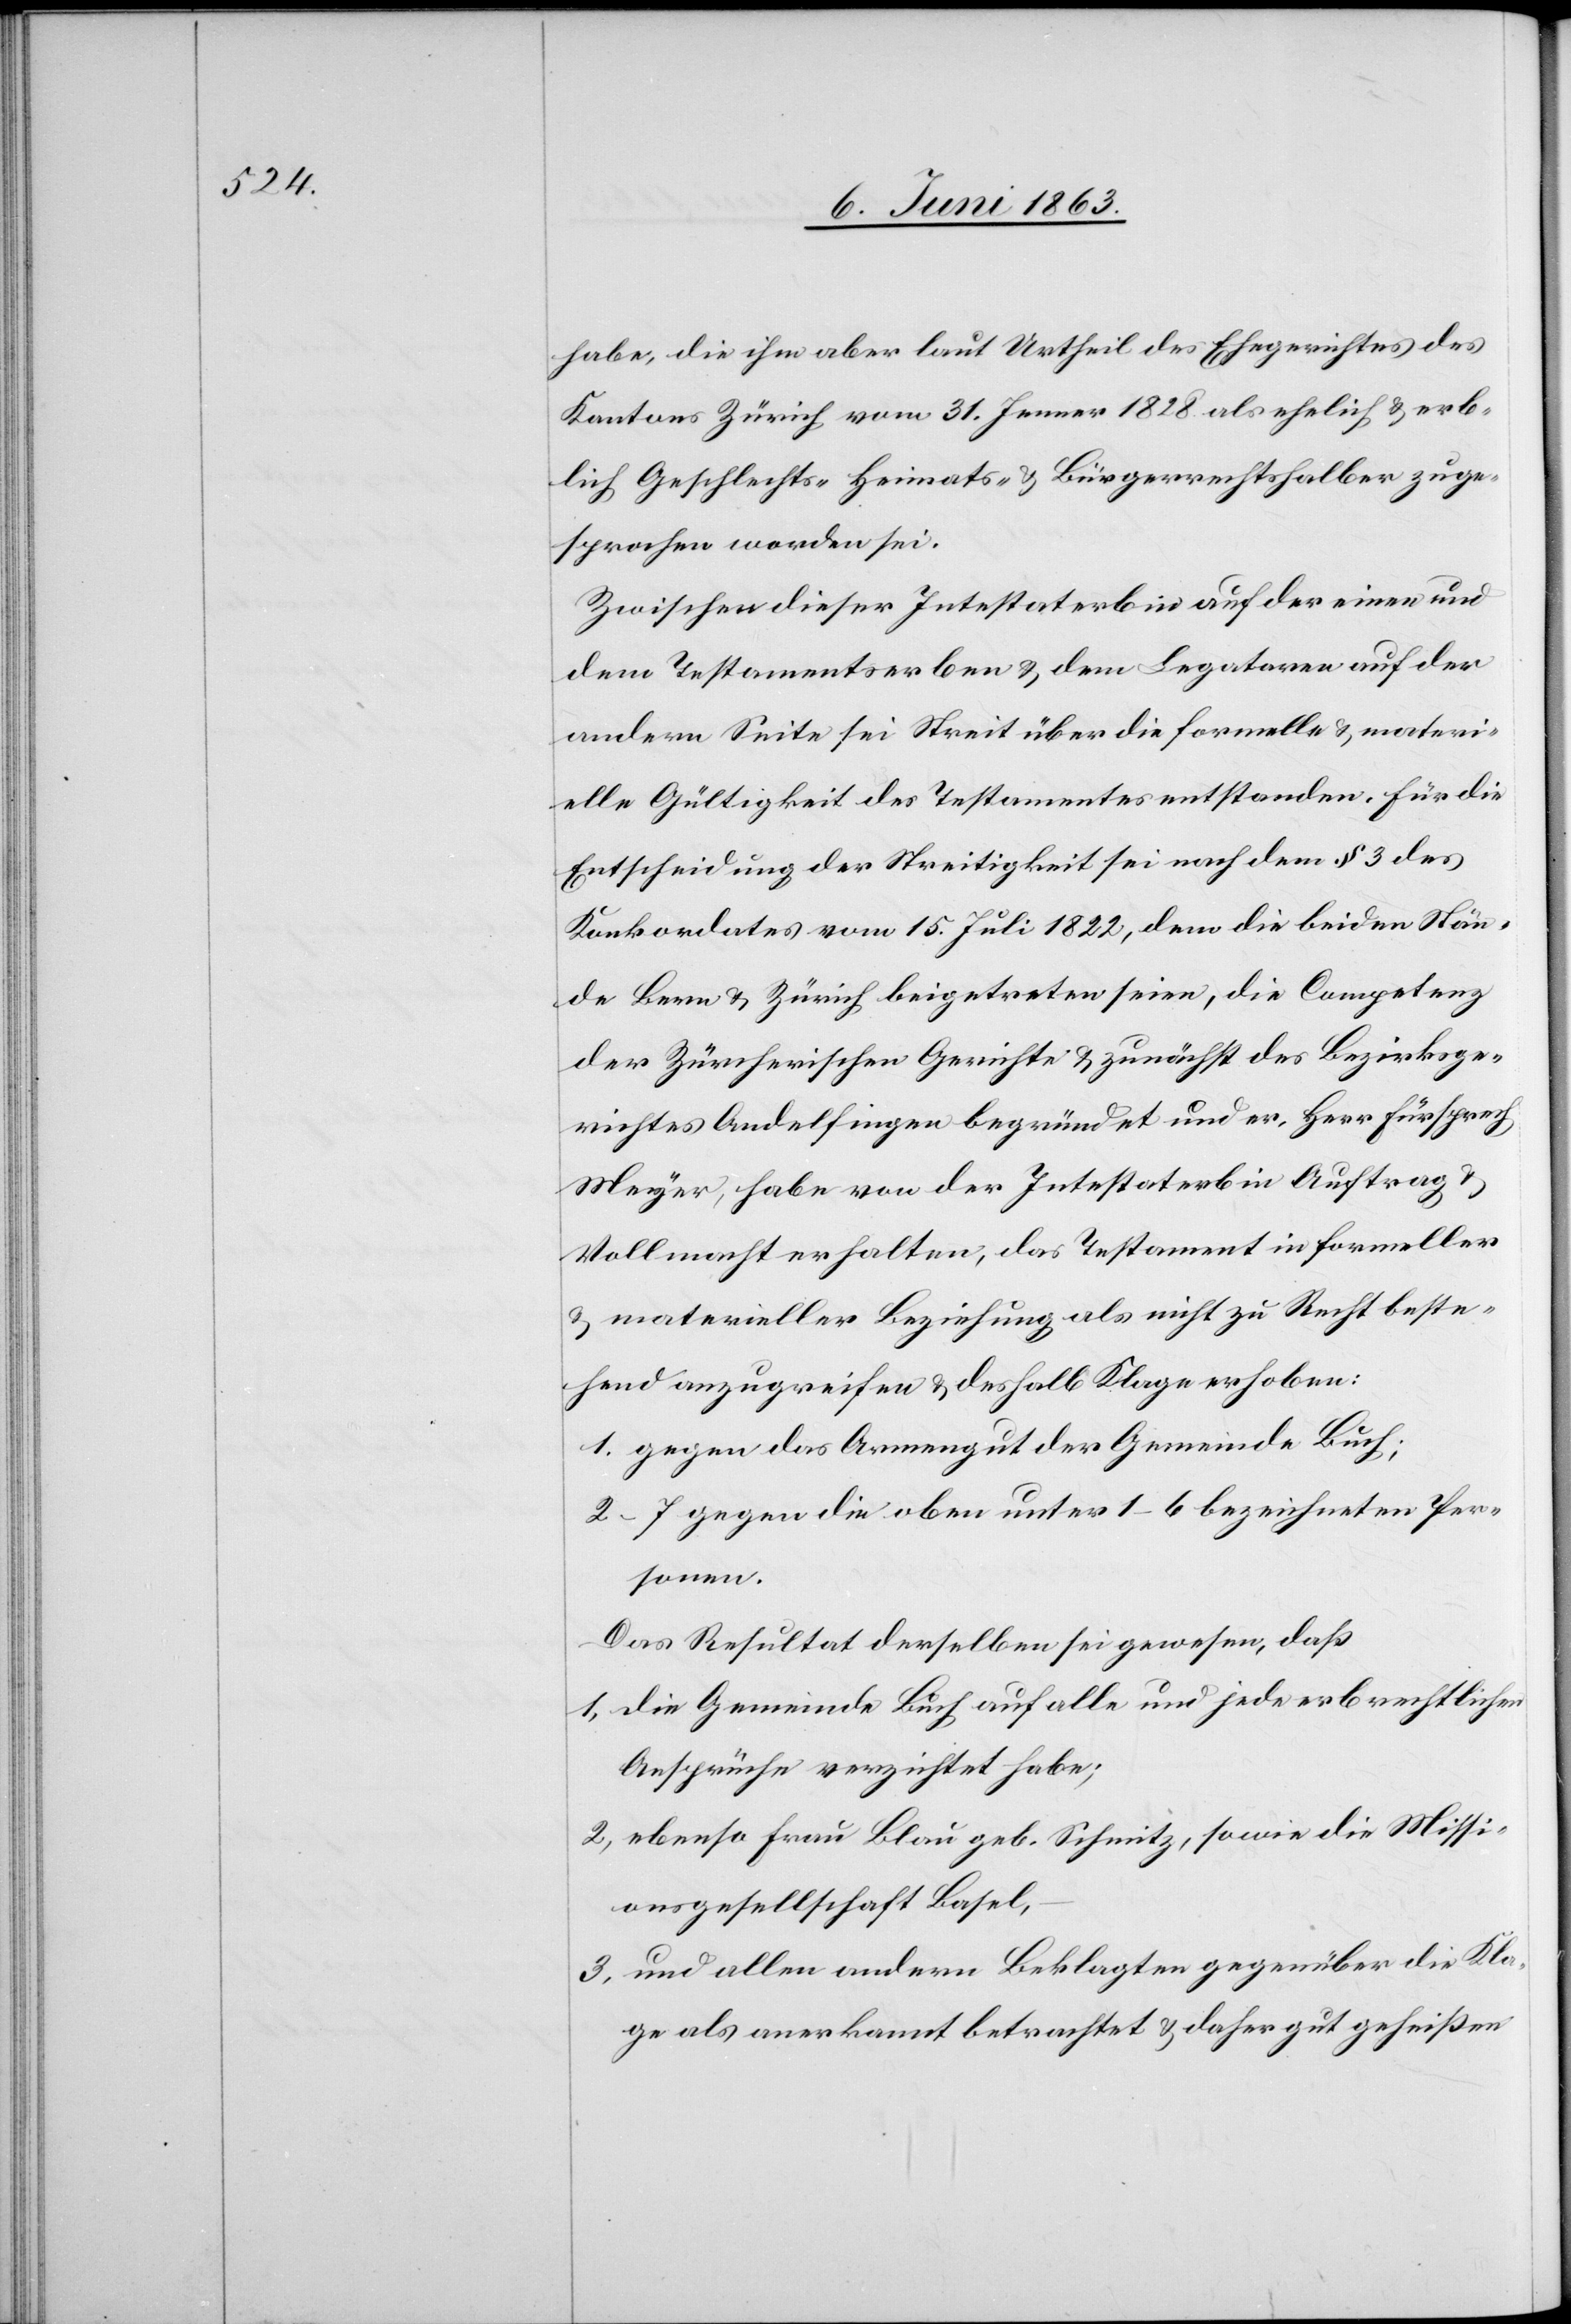
habe, die ihm aber laut Urtheil des Ehegerichtes des
Kantons Zürich vom 31. Jenner 1828 als ehelich & erb¬
lich Geschlechts-[,] Heimats- & Bürgerrechtshalber zuge¬
sprochen worden sei.
Zwischen dieser Intestaterbin auf der einen und
dem Testamentserben & dem Legataren auf der
andern Seite sei Streit über die formelle & materi¬
elle Gültigkeit des Testamentes entstanden. Für die
Entscheidung der Streitigkeit sei nach dem § 3 des
Konkordates vom 15. Juli 1822, dem die beiden Stän¬
de Bern & Zürich beigetreten seien, die Competenz
der Zürcherischen Gerichte & zunächst des Bezirksge¬
richtes Andelfingen begründet und er, Herr Fürsprech
Meyer, habe von der Intestaterbin Auftrag
Vollmacht erhalten, das Testament in formeller
& materieller Beziehung als nicht zu Recht beste¬
hend anzugreifen & deshalb Klage erhoben:
1. gegen das Armengut der Gemeinde Buch;
2–7 gegen die oben unter 1–6 bezeichneten Per¬
sonen.
Das Resultat derselben sei gewesen, daß
1) die Gemeinde Buch auf alle und jede erbrechtlichen
Ansprüche verzichtet habe;
2) ebenso Frau Blau geb. Schmitz, sowie die Missi¬
onsgesellschaft Basel,
3) und allen andern Beklagten gegenüber die Kla¬
ge als anerkannt betrachtet & daher gut geheißen